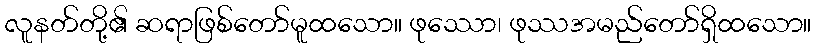
လူနတ်တို့၏ ဆရာဖြစ်တော်မူထသော။ ဖုဿော၊ ဖုဿအမည်တော်ရှိထသော။